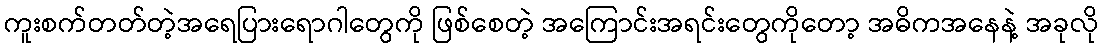
ကူးစက်တတ်တဲ့အရေပြားရောဂါတွေကို ဖြစ်စေတဲ့ အကြောင်းအရင်းတွေကိုတော့ အဓိကအနေနဲ့ အခုလို